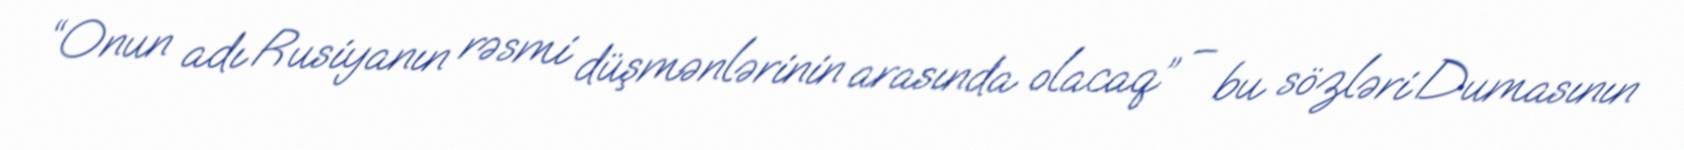
“Onun adı Rusiyanın rəsmi düşmənlərinin arasında olacaq” – bu sözləri Dumasının